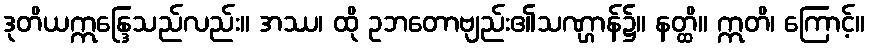
ဒုတိယဣန္ဒြေသည်လည်း။ အဿ၊ ထို ဥဘတောဗျည်း၏သဏ္ဌာန်၌။ နတ္ထိ။ ဣတိ၊ ကြောင့်။